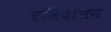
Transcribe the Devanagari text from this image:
रविदासन